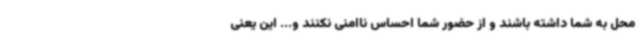
محل به شما داشته باشند و از حضور شما احساس ناامنی نکنند و... این یعنی